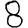
Digit: 8